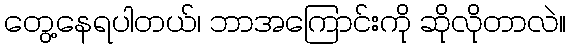
တွေ့နေရပါတယ်၊ ဘာအကြောင်းကို ဆိုလိုတာလဲ။